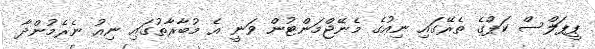
ޕީޕަލްސް ކަޕްގެ ތެރޭގައި ނިއުގެ މެނޭޖްމަންޓުން ވަނީ އެ މުބާރާތުގައި ނިއު ނެރެމުންދާ